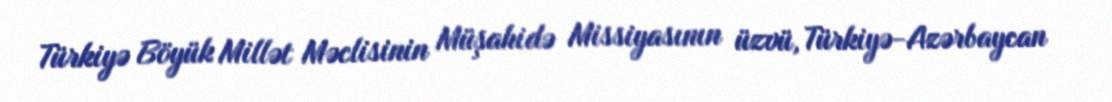
Türkiyə Böyük Millət Məclisinin Müşahidə Missiyasının üzvü, Türkiyə-Azərbaycan